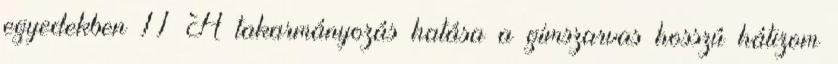
egyedekben 11 A takarmányozás hatása a gímszarvas hosszú hátizom